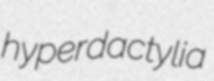
hyperdactylia